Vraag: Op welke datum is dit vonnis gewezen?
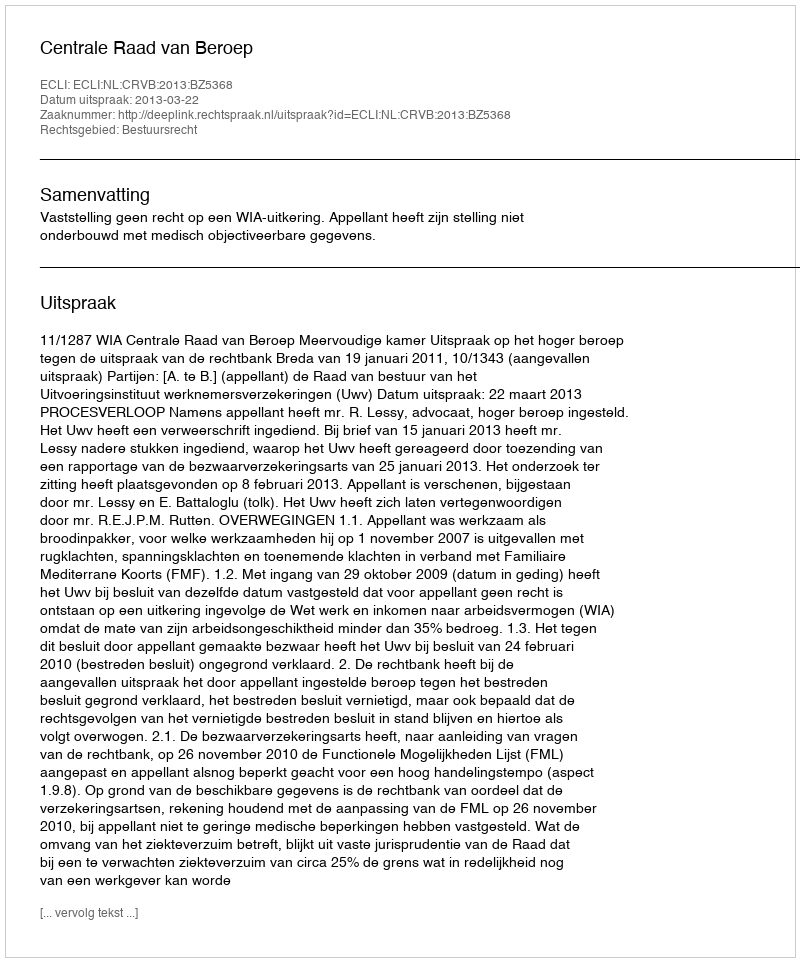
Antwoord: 2013-03-22